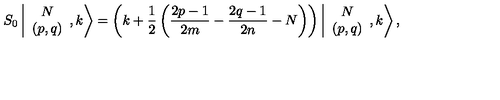
S _ { 0 } \left\vert \begin{array} { c } { N } \\ { ( p , q ) } \\ \end{array} , k \right> = \left( k + \displaystyle \frac { 1 } { 2 } \left( \frac { 2 p - 1 } { 2 m } - \frac { 2 q - 1 } { 2 n } - N \right) \right) \left\vert \begin{array} { c } { N } \\ { ( p , q ) } \\ \end{array} , k \right> ,